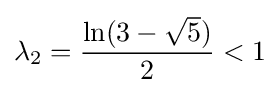
\lambda _{2}={\frac {\ln(3-{\sqrt {5}})}{2}}<1